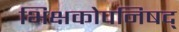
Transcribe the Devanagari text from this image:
भिक्षकोपनिषद्